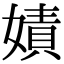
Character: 嫧